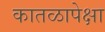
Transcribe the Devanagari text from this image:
कातळापेक्षा